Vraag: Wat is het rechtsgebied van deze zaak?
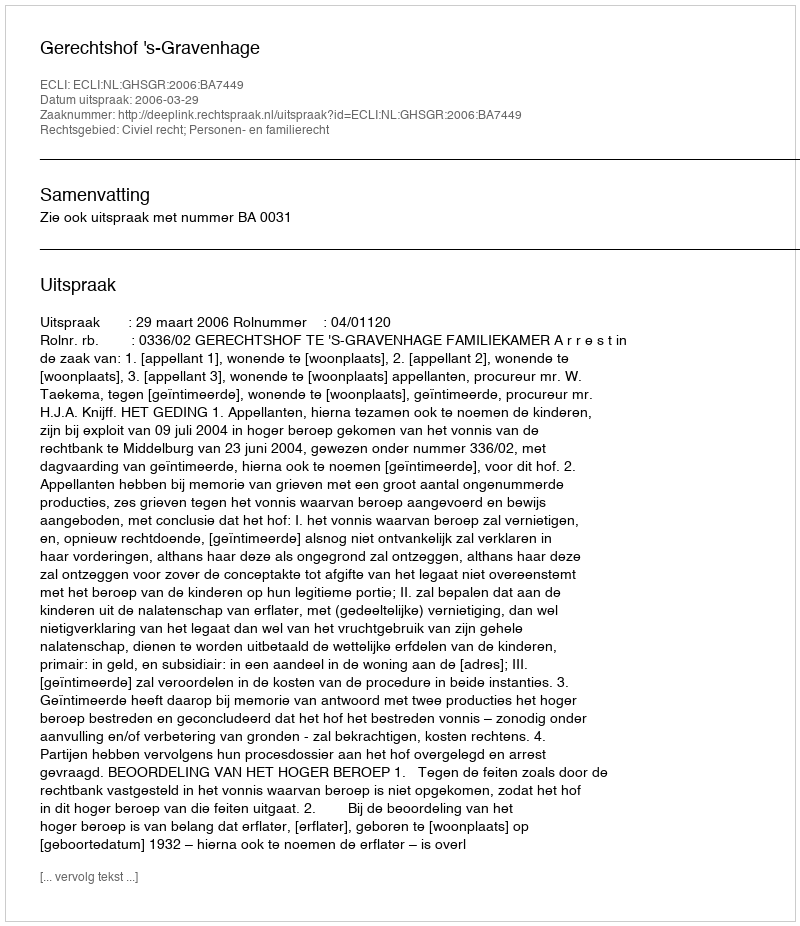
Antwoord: Civiel recht; Personen- en familierecht